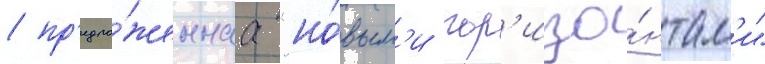
/ пр'едло́женнаа "но́вым'и гор'изо́нтам'и"